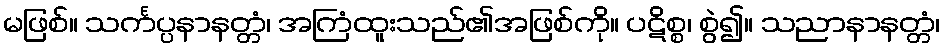
မဖြစ်။ သင်္ကပ္ပနာနတ္တံ၊ အကြံထူးသည်၏အဖြစ်ကို။ ပဋိစ္စ၊ စွဲ၍။ သညာနာနတ္တံ၊